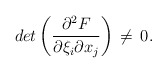
\begin{align*}det\left({\partial \sp2 F\over \partial \xi_i\partial x_j}\right)\,\ne\,0.\end{align*}